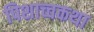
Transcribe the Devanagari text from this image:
पिशाच्चकथा